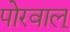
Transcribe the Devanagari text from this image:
पोरवाल्